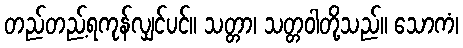
တည်တည့်ရကုန်လျှင်ပင်။ သတ္တာ၊ သတ္တဝါတို့သည်။ သောကံ၊